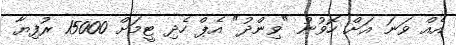
އެއް ވަނަަ އަށް ހޮވުނު "ވިންދު" އެޕް ހެދި ޓީމަށް 15000 ރުފިޔާ